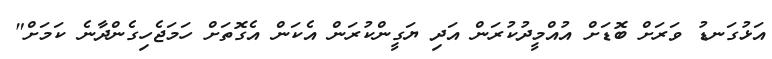
އަޅުގަނޑު ވަރަށް ބޮޑަށް އުއްމީދުކުރަން އަދި ޔަގީންކުރަން އެކަން އެގޮތަށް ހަމަޖެހިގެންދާނެ ކަމަށް"